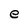
Character: e